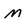
Character: M